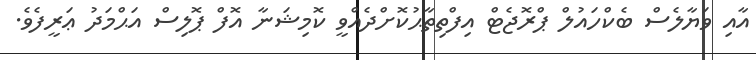
އާއި ވަޔާލެސް ބެކްހައުލް ޕްރޮޖެޓް އިފްތިތާޙުކޮށްދެއްވީ ކޮމިޝަނާ އޮފް ޕޮލިސް އަޙްމަދު ޢަރީފެވެ.